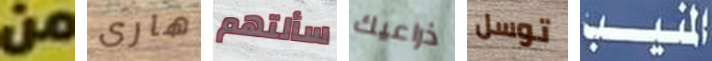
من هارى سألتهم ذراعيك توسل المنيب